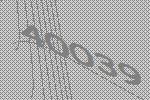
40039